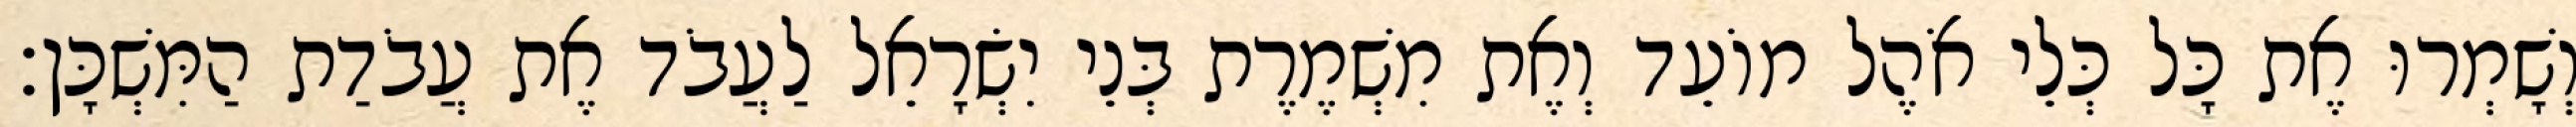
וְשָׁמְרוּ אֶת כָּל כְּלֵי אֹהֶל מוֹעֵד וְאֶת מִשְׁמֶרֶת בְּנֵי יִשְׂרָאֵל לַעֲבֹד אֶת עֲבֹדַת הַמִּשְׁכָּן׃